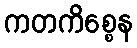
ကတကိစ္စေန